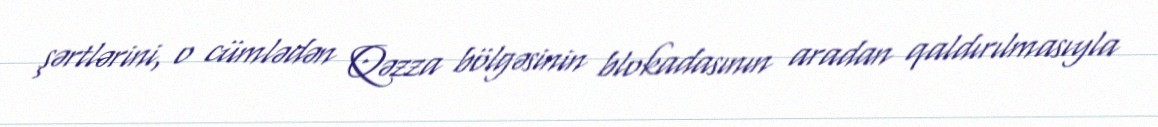
şərtlərini, o cümlədən Qəzza bölgəsinin blokadasının aradan qaldırılmasıyla